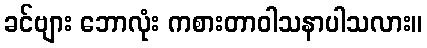
ခင်ဗျား ဘောလုံး ကစားတာဝါသနာပါသလား။